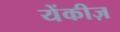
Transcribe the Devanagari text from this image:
येंकीज़